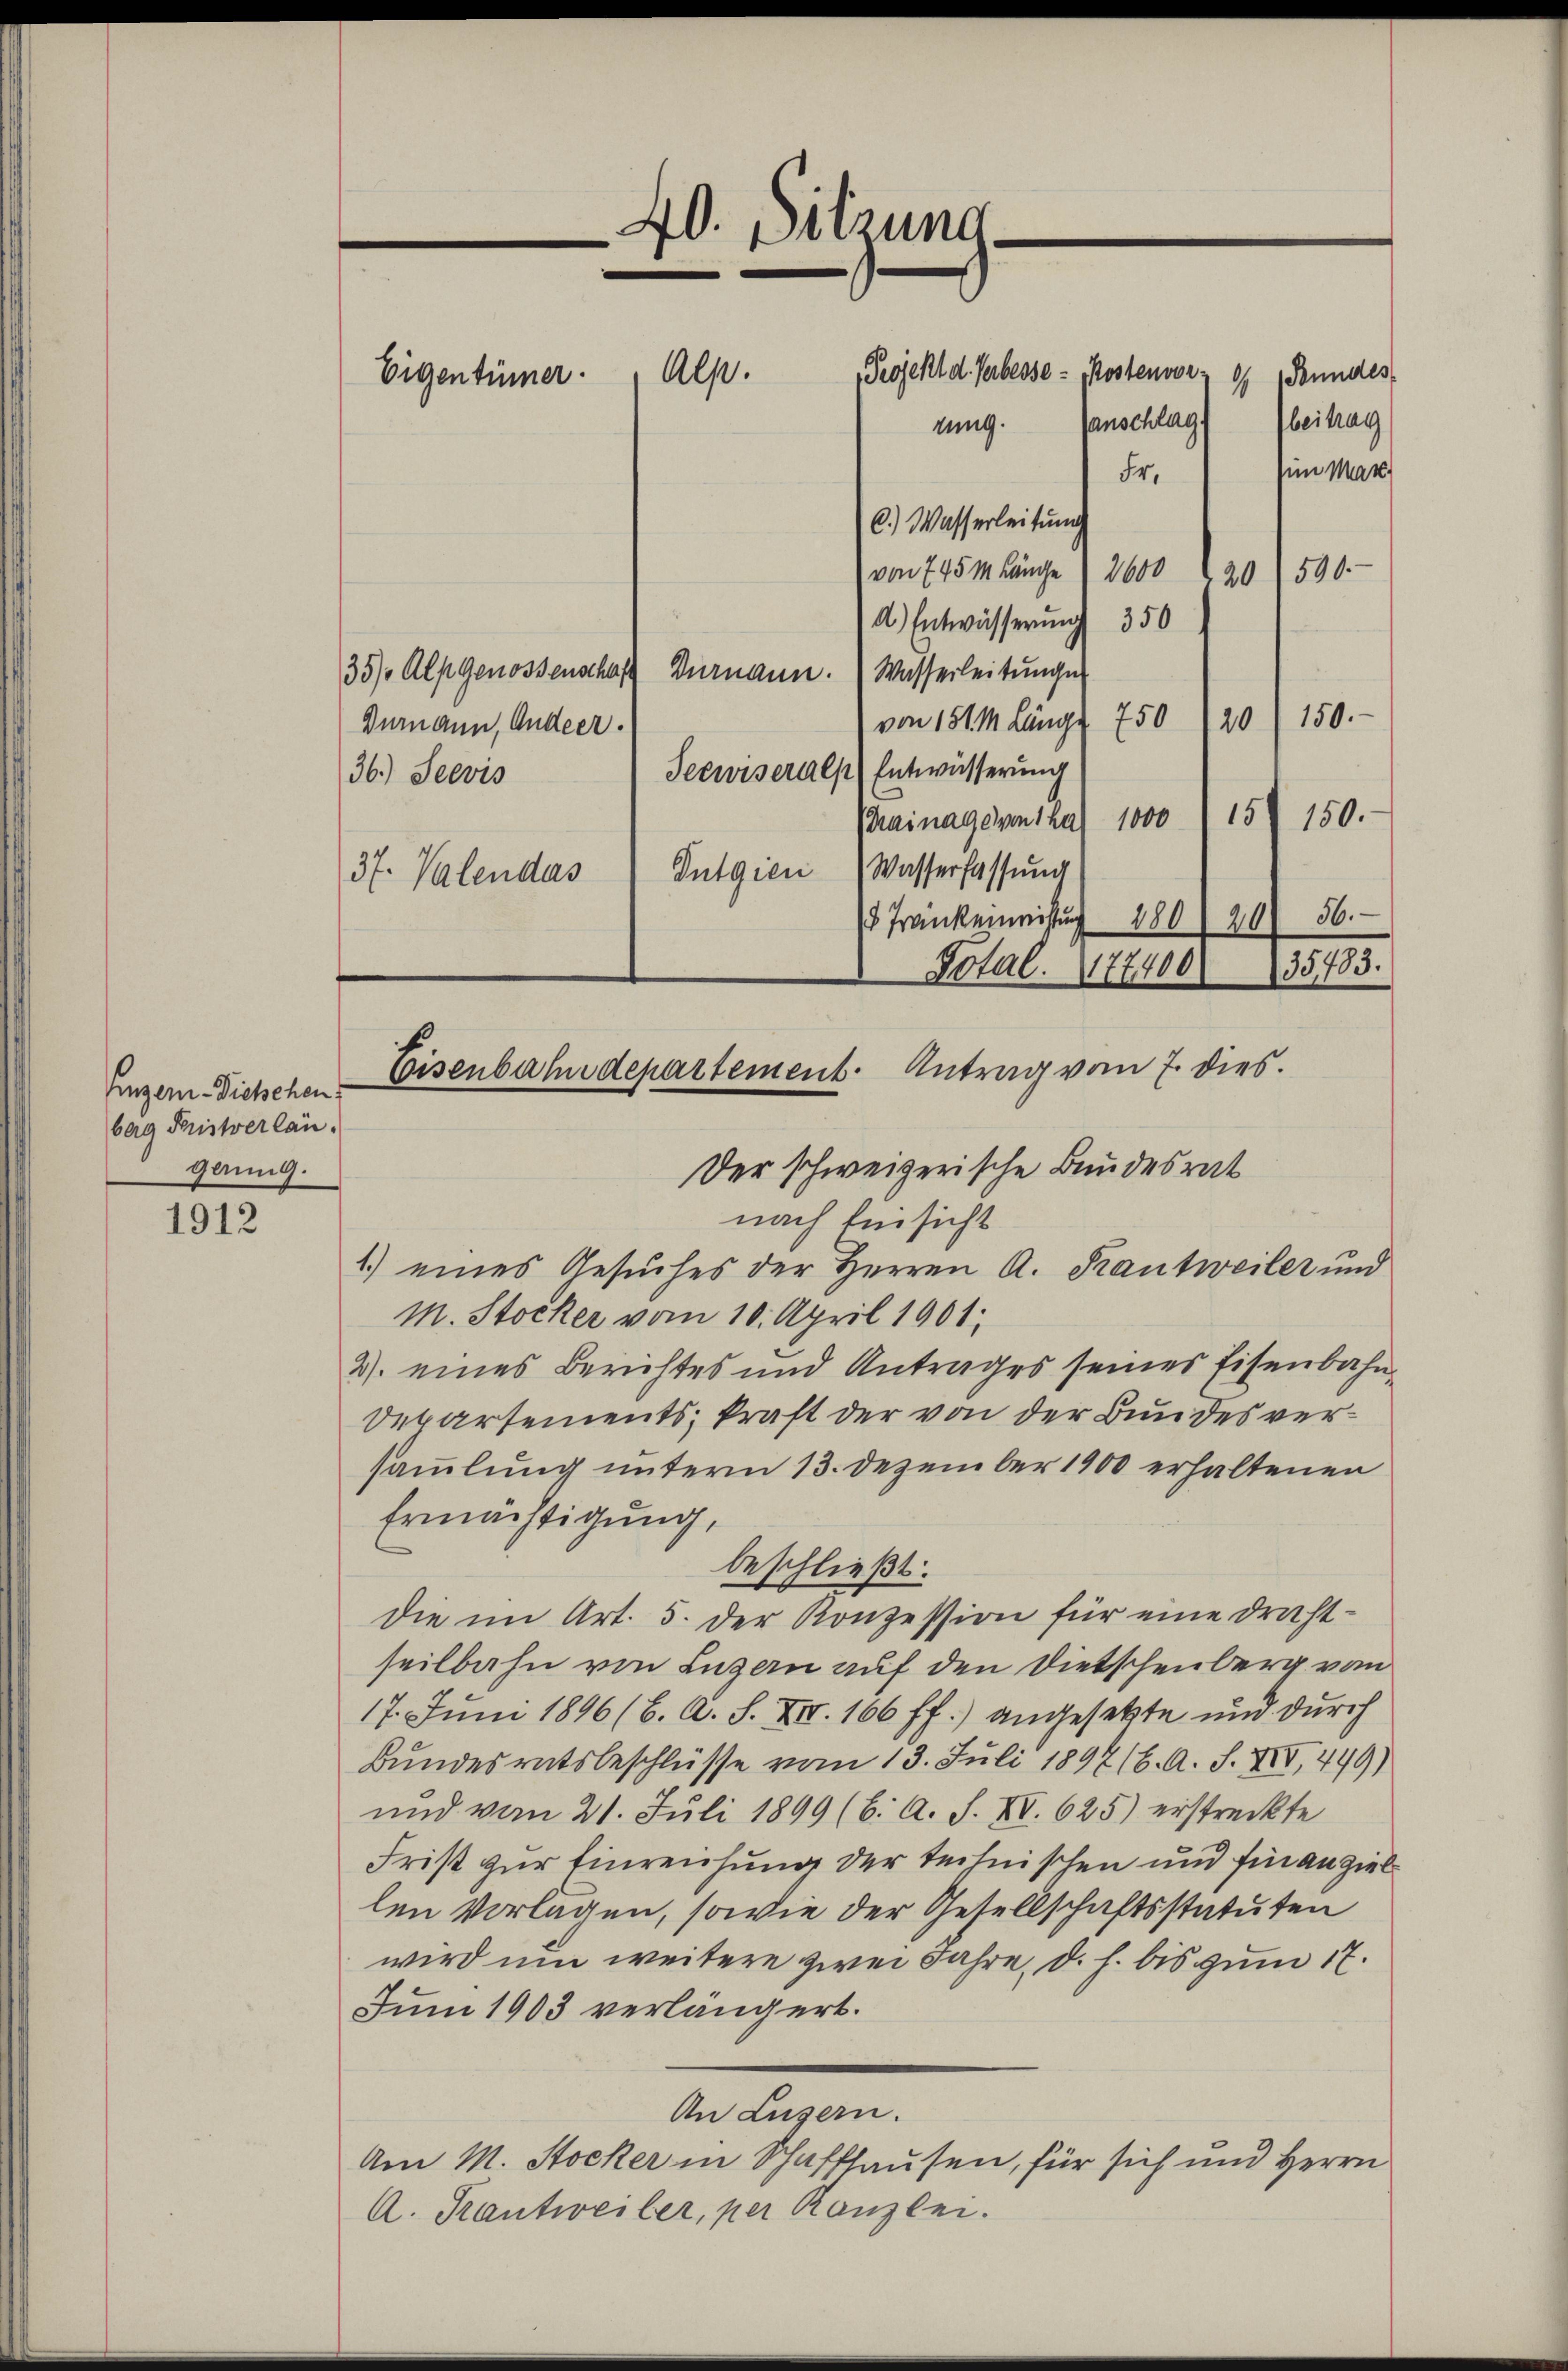
Einger-Dietschen
barg Fristverlängaung.

1912

Projekt d. Gerbesse - Kostenvor 9 Peundes
anschlag.
rung.
Fr.
C.) Wasserleitŭng
von 7 45 M Länge 2600
A.) Entwässerung 350
35/ Alpgenossenschaft Dürnann. (Wasserleitŭngen
von 151. M. Länge 750 120 (150.-
Durmann, Andeer.
Securseralp (Entwässerung
36.) Seevis
Rainage von 1 ka) 1000 15 f 150.
Dutgien (Wasserfassung
37. Valendas
 Tränkenweistung 180
Total 177400
Der schweizerische Bundesrat
nach Einsicht
1.) eines Gesuches der Herren A. Krantweiler und
M. Stocker vom 10. April 1901.
2. eines Berichtes und Antrages seines Eisenbahn
Departements; kraft der von der Bundesversammlung unterm 13. Dezember 1900 erhaltenen
Ermächtigung,
beschließt:
die im Art. 5. der Konzession für eine Draht-
seilbahn von Luzern auf den Dietschenberg von
17. Juni 1896 (6. A. S. XII. 166 ff.) angesetzte und durch
Bundesratsbeschlüsse vom 13. Juli 1897 (6. A. S. XIV, 449)
und vom 21. Juli 1899 (6. A. S. XV. 625) erstreckte
Frist zur Einreichung der technischen und finanziel
len Vorlagen, sowie der Gesellschaftsstatuten
wird um weitere zwei Jahre, d. h. bis zum 17.
Jum 1903 verlängert.
An Luzern.
Am M. Stocker in Schaffhausen, für sich und Herrn
A. Krantweiler, per Kanzlei.

Alp.
Eigentümer.

40. Sitzung

Eisenbahndepartement. Antrag vom 7. dies.

beitrag
un Mart.

20/590.

20) 56.
135783.